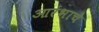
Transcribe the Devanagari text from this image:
आरंभाचे